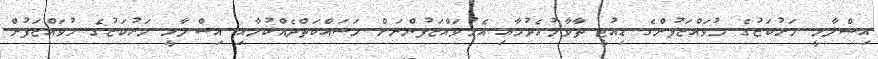
އިސްލާމީ މަރުކަޒުގެ މުވައްޒަފުންގެ ޑިއުޓީ ތާވާލުހެދުމާއި އެމުވައްޒަފުންނަށް މަސައްކަތްދެއްކުމާއި އިސްލާމީ މަރުކަޒުގެ މުވައްޒަފުން